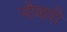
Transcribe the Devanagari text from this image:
नौवारी